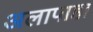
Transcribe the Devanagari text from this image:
अलापाहा